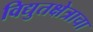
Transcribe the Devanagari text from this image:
विद्युतक्षेत्राचा